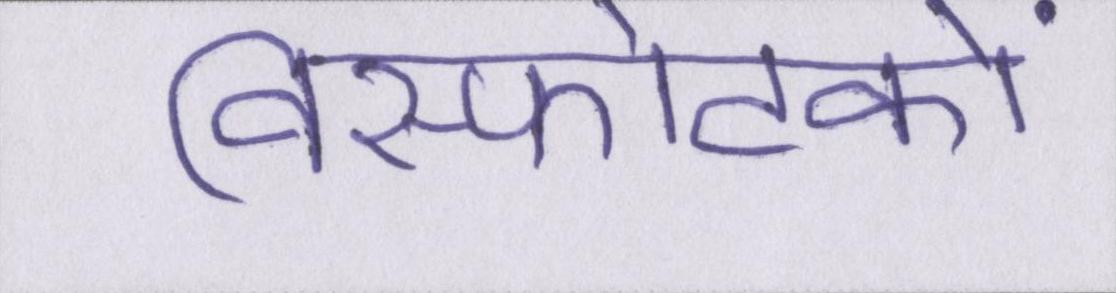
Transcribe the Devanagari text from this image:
विस्फोटकों